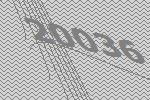
20036